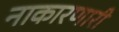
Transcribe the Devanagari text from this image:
नाकारणारी